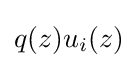
q(z)u_{i}(z)